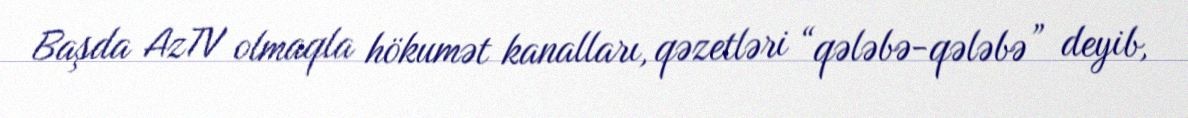
Başda AzTV olmaqla hökumət kanalları, qəzetləri “qələbə-qələbə” deyib,